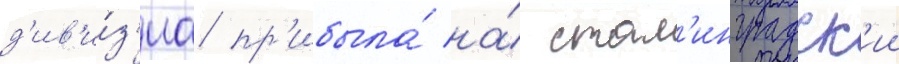
д'ив'и́з'иа пр'ибыла́ на́ стал'инградск'ии